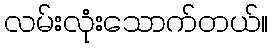
လမ်းလုံးသောက်တယ်။